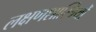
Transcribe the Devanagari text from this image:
लक्षणशास्त्रियों